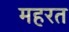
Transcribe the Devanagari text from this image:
महरत